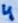
Text: 4